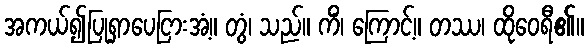
အကယ်၍ပြုရှာပေငြားအံ့။ တွံ၊ သည်။ ကိံ၊ ကြောင့်။ တဿ၊ ထိုဝေရီ၏။